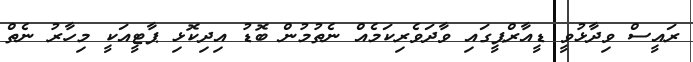
ރައީސް ވިދާޅުވީ ޑީއާރްޕީގައި ވާދަވެރިކަމެއް ނެތުމުން ބޮޑު އިދިކޮޅި ޕާޓީއަކީ މިހާރު ނެތް